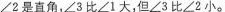
∠2是直角，∠3比∠1大，但∠3比∠2小。